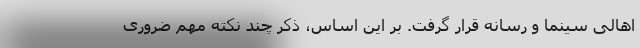
اهالی سینما و رسانه قرار گرفت. بر این اساس، ذکر چند نکته مهم ضروری